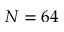
N = 6 4